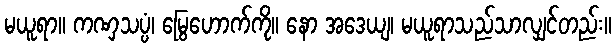
မယူရာ။ ကဏှသပ္ပံ၊ မြွေဟောက်ကို။ နော အဒေယျ၊ မယူရာသည်သာလျှင်တည်း။